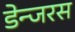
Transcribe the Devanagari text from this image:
डेन्जरस